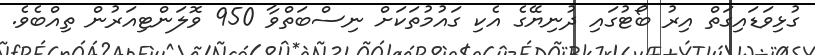
ގުޅިވަޑައިގަތް އިރު ބޯޓުގައި ދުނިޔޭގެ އެކި ގައުމުތަކަށް ނިސްބަތްވާ 950 ވޮލަންޓިއަރުން ތިއްބެވެ.